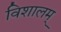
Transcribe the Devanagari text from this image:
विशालम्